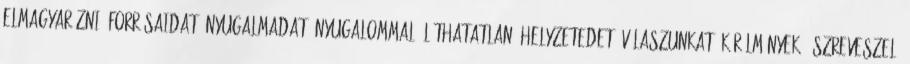
elmagyarázni, forrásaidat, nyugalmadat, nyugalommal, láthatatlan, helyzetedet, válaszunkat, körülmények, észreveszel,